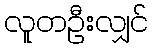
လူတဦးလျှင်